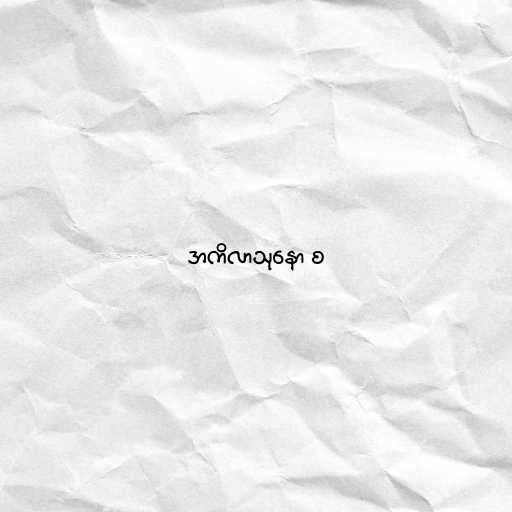
အကိလာသုနော စ